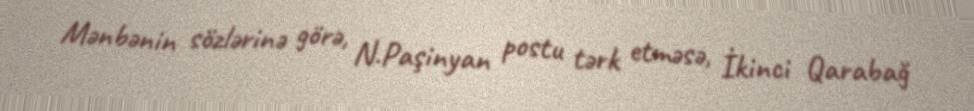
Mənbənin sözlərinə görə, N.Paşinyan postu tərk etməsə, İkinci Qarabağ